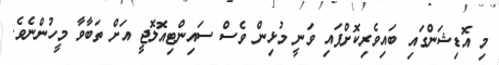
މި އޮޑިޝަންގައި ބައިވެރިކޮށްފައި ވަނީ މުޅިން ވެސް ސައިންޓިއޮލޮޖީ އަށް ތަބާވާ މީހުންނެވެ.